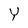
Character: Y